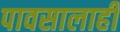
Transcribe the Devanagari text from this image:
पावसालाही